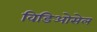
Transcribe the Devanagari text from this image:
विडिओसेल